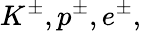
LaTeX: K^{\pm},p^{\pm},e^{\pm},